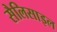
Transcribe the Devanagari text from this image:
सैलिसाइल